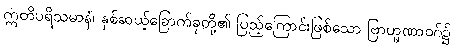
ဣတိပရိသမာနံ၊ နှစ်ဆယ့်ခြောက်ခုတို့၏ ပြည့်ကြောင်းဖြစ်သော ဗြာဟ္မဏာဝဂ်၌